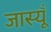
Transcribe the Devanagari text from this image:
जास्यूँ